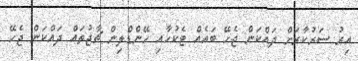
އިރު ސަރުކާރަށް ދައްކަން ޖެހޭ ބައެއް ޓެކުހާއި ހޭންޑްލިން ޗާޖުތައް ދައްކަން ޖެހޭ